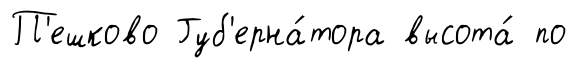
П'ешково Губ'ерна́тора высота́ по